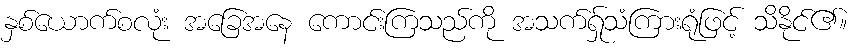
နှစ်ယောက်စလုံး အခြေအနေ ကောင်းကြသည်ကို အသက်ရ်ှုသံကြားရုံဖြင့် သိနိုင်၏။